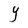
Character: Y